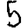
Digit: 5